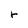
Character: r